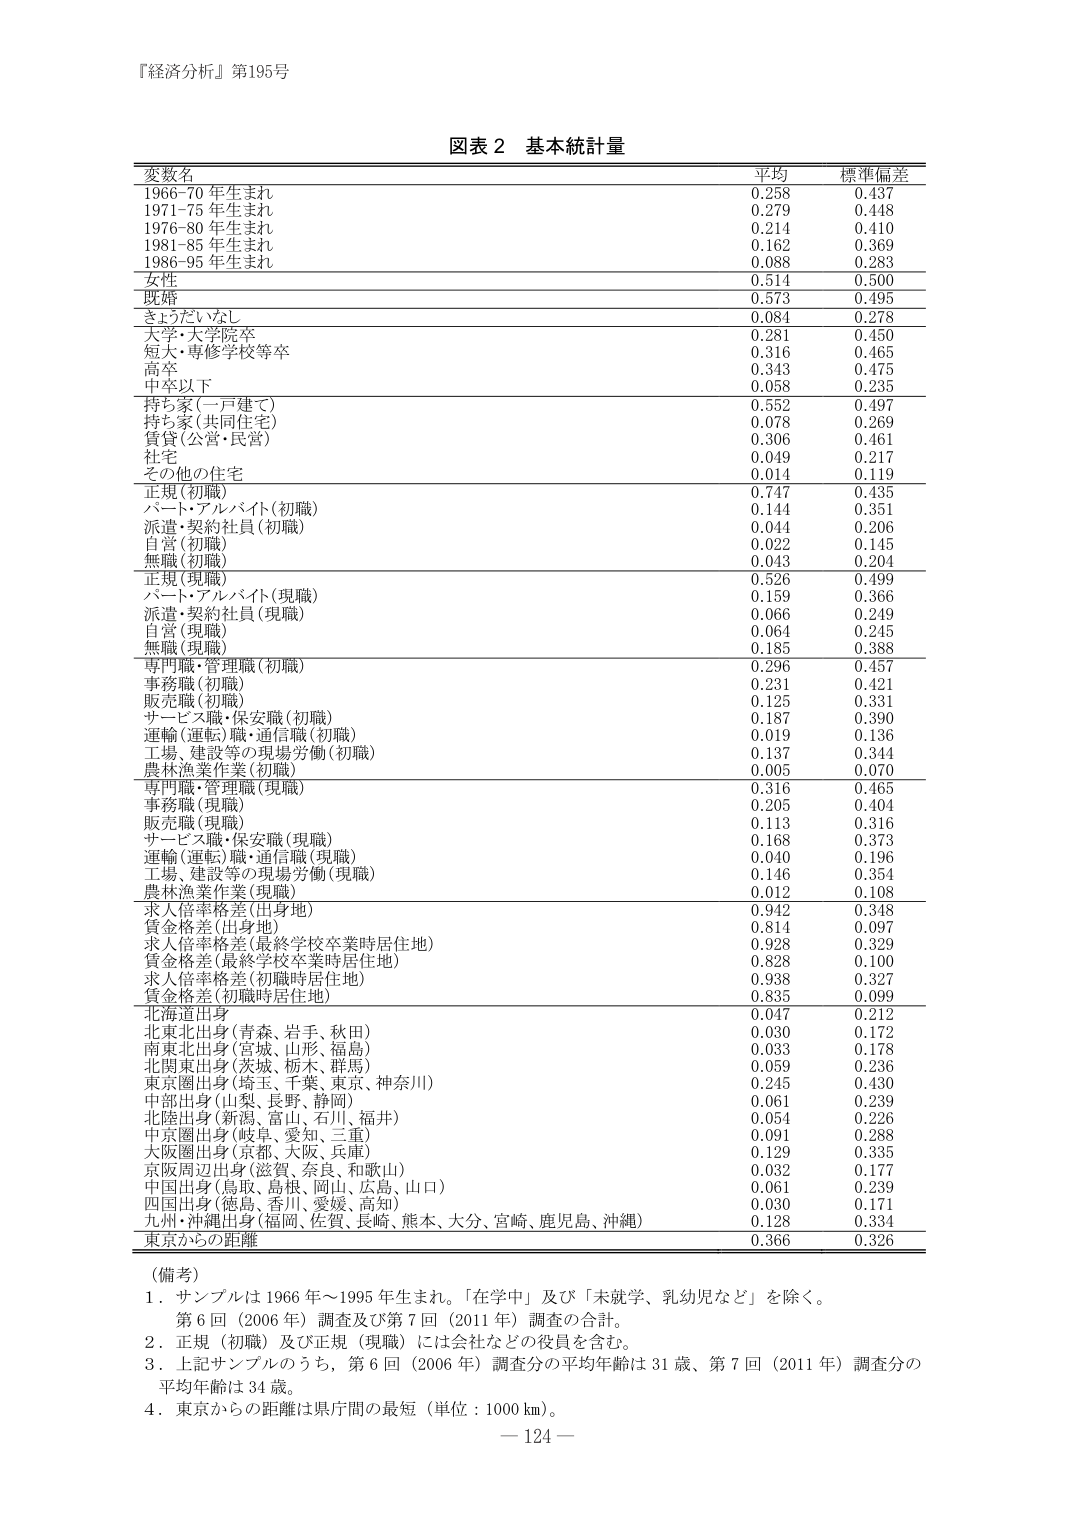
『経済分析』第195号

図表２ 基本統計量

変数名 平均 標準偏差
1966-70年生まれ 0.258 0.437
1971-75年生まれ 0.279 0.448
1976-80年生まれ 0.214 0.410
1981-85年生まれ 0.162 0.369
1986-95年生まれ 0.088 0.283
女性 0.514 0.500
既婚 0.573 0.495
きょうだいなし 0.084 0.278
大学・大学院卒 0.281 0.450
短大・専修学校等卒 0.316 0.465
高卒 0.343 0.475
中卒以下 0.058 0.235
持ち家（一戸建て） 0.552 0.497
持ち家（共同住宅） 0.078 0.269
賃貸（公営・民営） 0.306 0.461
社宅 0.049 0.217
その他の住宅 0.014 0.119
正規（初職） 0.747 0.435
パート・アルバイト（初職） 0.144 0.351
派遣・契約社員（初職） 0.044 0.206
自営（初職） 0.022 0.145
無職（初職） 0.043 0.204
正規（現職） 0.526 0.499
パート・アルバイト（現職） 0.159 0.366
派遣・契約社員（現職） 0.066 0.249
自営（現職） 0.064 0.245
無職（現職） 0.185 0.388
専門職・管理職（初職） 0.296 0.457
事務職（初職） 0.231 0.421
販売職（初職） 0.125 0.331
サービス職・保安職（初職） 0.187 0.390
運輸（運転）職・通信職（初職） 0.019 0.136
工場、建設等の現場労働（初職） 0.137 0.344
農林漁業作業（初職） 0.005 0.070
専門職・管理職（現職） 0.316 0.465
事務職（現職） 0.205 0.404
販売職（現職） 0.113 0.316
サービス職・保安職（現職） 0.168 0.373
運輸（運転）職・通信職（現職） 0.040 0.196
工場、建設等の現場労働（現職） 0.146 0.354
農林漁業作業（現職） 0.012 0.108
求人倍率格差（出身地） 0.942 0.348
賃金格差（出身地） 0.814 0.097
求人倍率格差（最終学校卒業時居住地） 0.928 0.329
賃金格差（最終学校卒業時居住地） 0.828 0.100
求人倍率格差（初職時居住地） 0.938 0.327
賃金格差（初職時居住地） 0.835 0.099
北海道出身 0.047 0.212
北東北出身（青森、岩手、秋田） 0.030 0.172
南東北出身（宮城、山形、福島） 0.033 0.178
北関東出身（茨城、栃木、群馬） 0.059 0.236
東京圏出身（埼玉、千葉、東京、神奈川） 0.245 0.430
中部出身（山梨、長野、静岡） 0.061 0.239
北陸出身（新潟、富山、石川、福井） 0.054 0.226
中京圏出身（岐阜、愛知、三重） 0.091 0.288
大阪圏出身（京都、大阪、兵庫） 0.129 0.335
京阪周辺出身（滋賀、奈良、和歌山） 0.032 0.177
中国出身（鳥取、島根、岡山、広島、山口） 0.061 0.239
四国出身（徳島、香川、愛媛、高知） 0.030 0.171
九州・沖縄出身（福岡、佐賀、長崎、熊本、大分、宮崎、鹿児島、沖縄） 0.128 0.334
東京からの距離 0.366 0.326

（備考）
1．サンプルは1966年～1995年生まれ。「在学中」及び「未就学、乳幼児など」を除く。
　第6回（2006年）調査及び第7回（2011年）調査の合計。
2．正規（初職）及び正規（現職）には会社などの役員を含む。
3．上記サンプルのうち、第6回（2006年）調査分の平均年齢は31歳、第7回（2011年）調査分の
　平均年齢は34歳。
4．東京からの距離は県庁間の最短（単位：1000 km）。

－124－